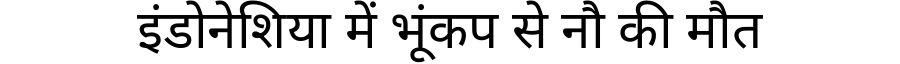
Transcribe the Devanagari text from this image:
इंडोनेशिया में भूंकप से नौ की मौत